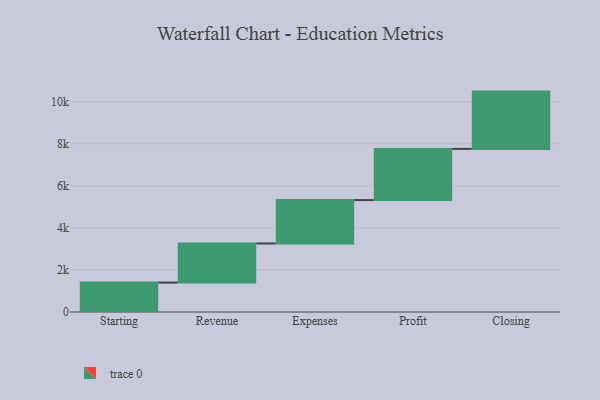
{"axis": {"x": "Step", "y": "Value"}, "legend": [""], "data": [{"x": "Starting", "y": 1400.0, "type": ""}, {"x": "Revenue", "y": 1860.0, "type": ""}, {"x": "Expenses", "y": 2065.0, "type": ""}, {"x": "Profit", "y": 2436.0, "type": ""}, {"x": "Closing", "y": 2726.0, "type": ""}]}